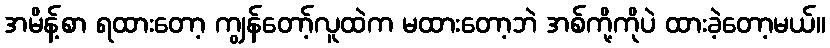
အမိန့်စာ ရထားတော့ ကျွန်တော့်လူထဲက မထားတော့ဘဲ အစ်ကို့ကိုပဲ ထားခဲ့တော့မယ်။